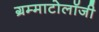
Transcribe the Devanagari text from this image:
ग्रम्माटोलॉजी